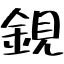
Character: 鋧